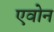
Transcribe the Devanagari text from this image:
एवोन